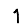
Digit: 1